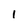
Character: 1